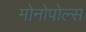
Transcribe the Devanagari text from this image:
मोनोपोल्स